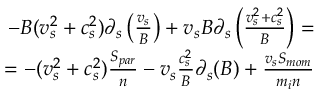
\begin{array} { r } { - B ( v _ { s } ^ { 2 } + c _ { s } ^ { 2 } ) \partial _ { s } \left( \frac { v _ { s } } { B } \right) + v _ { s } B \partial _ { s } \left( \frac { v _ { s } ^ { 2 } + c _ { s } ^ { 2 } } { B } \right) = } \\ { = - ( v _ { s } ^ { 2 } + c _ { s } ^ { 2 } ) \frac { S _ { p a r } } { n } - v _ { s } \frac { c _ { s } ^ { 2 } } { B } \partial _ { s } ( B ) + \frac { v _ { s } S _ { m o m } } { m _ { i } n } } \end{array}